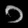
Digit: ၁